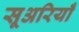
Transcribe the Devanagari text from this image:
सूअरियाँ